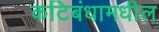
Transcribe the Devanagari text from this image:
कटिबंधामधील